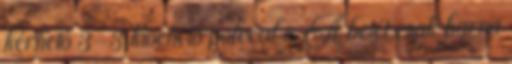
kérhető 3-3 kivehető polccal is A betét csak barna